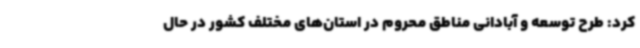
کرد: طرح توسعه و آبادانی مناطق محروم در استان‌های مختلف کشور در حال